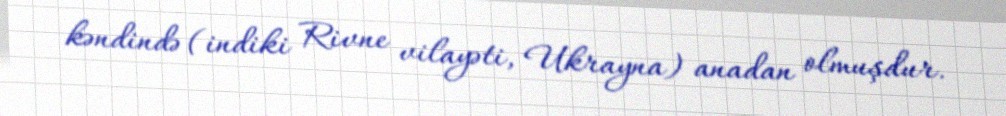
kəndində (indiki Rivne vilayəti, Ukrayna) anadan olmuşdur.